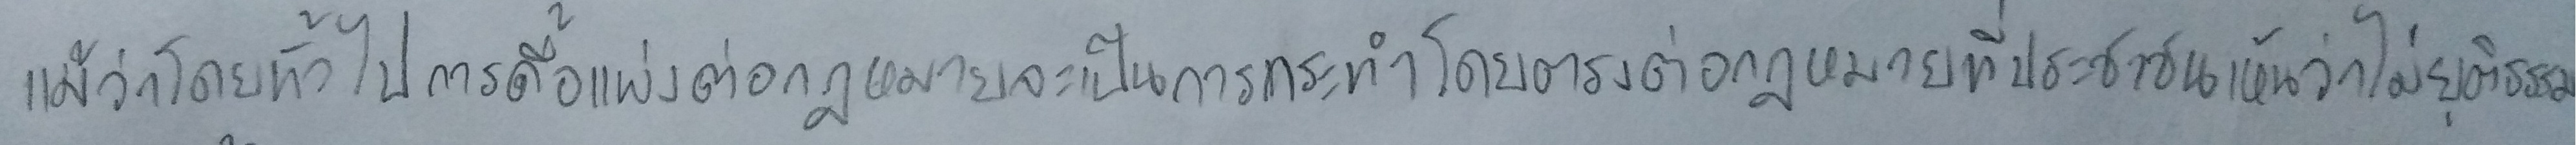
แม้ว่าโดยทั่วไปการดื้อแพ่งต่อกฎหมายจะเป็นการกระทำโดยตรงต่อกฎหมายที่ประชาชนเห็นว่าไม่ยุติธรรม